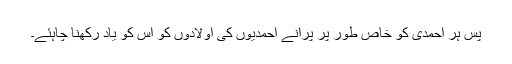
پس ہر احمدی کو خاص طور پر پرانے احمدیوں کی اولادوں کو اس کو یاد رکھنا چاہئے۔